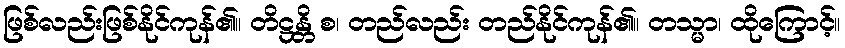
ဖြစ်လည်းဖြစ်နိုင်ကုန်၏။ တိဋ္ဌန္တိ စ၊ တည်လည်း တည်နိုင်ကုန်၏။ တသ္မာ၊ ထိုကြောင့်။